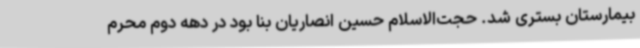
بیمارستان بستری شد. حجت‌الاسلام حسین انصاریان بنا بود در دهه دوم محرم